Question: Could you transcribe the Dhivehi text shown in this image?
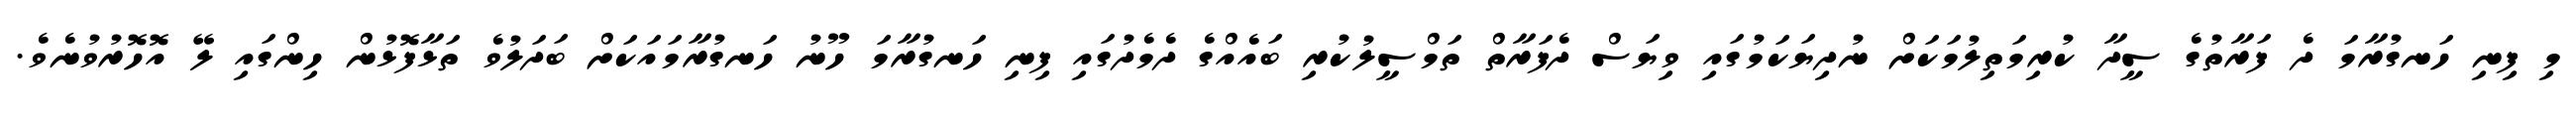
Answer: މި ފިނި ހަނގުރާމަ ދެ ފަރާތުގެ ސީދާ ކުރިމަތިލުމަކަށް ނުދިޔަކަމުގައި ވިޔަސް ދެފަރާތް ތަމްސީލުކުރި ބައެއްގެ ދެމެދުގައި ފިނި ހަނގުރާމަ ހޫނު ހަނގުރާމައަކަށް ބަދަލުވެ ތަޅާފޮޅުން ހިންގައި ލޭ އޮހޮރުވުނެވެ.